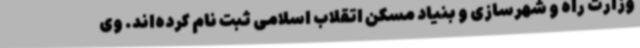
وزارت راه و شهرسازی و بنیاد مسکن اتقلاب اسلامی ثبت نام کرده‌اند. وی